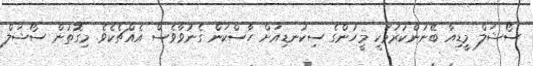
ސޯޝަލް މީޑިއާ ބޭނުންކުރުމަކީ މީހުންގެ ސިކުނޑިއަށް ހާސްކަން ގެނުވާވެސް އެއްޗެކެވެ. މިގޮތުން ސޯޝަލް